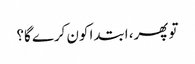
تو پھر، ابتدا کون کرے گا؟